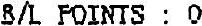
B/L POINTS : 0